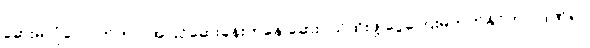
ဆေးမလုံလောက်တာ၊ အပြင်ဆေးခန်းကနေ ဆေးဝယ်ထိုးဖို့ ငွေကြေးမတတ်နိုင်တာ၊ ဒဏ်ရာ